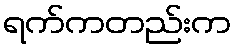
ရက်ကတည်းက